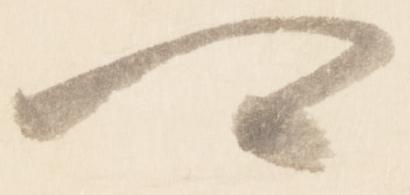
可